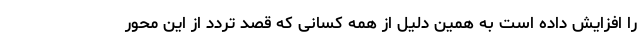
را افزایش داده است به همین دلیل از همه کسانی که قصد تردد از این محور